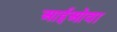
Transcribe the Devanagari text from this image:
आईओवा